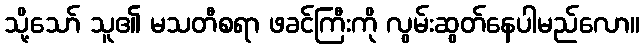
သို့သော် သူ၏ မသတီစရာ ဖခင်ကြီးကို လွမ်းဆွတ်နေပါမည်လော။